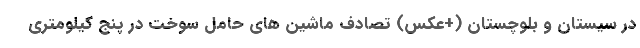
در سیستان و بلوچستان (+عکس) تصادف ماشین های حامل سوخت در پنج کیلومتری